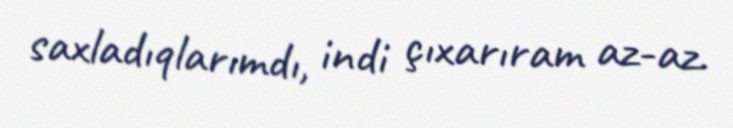
saxladıqlarımdı, indi çıxarıram az-az.